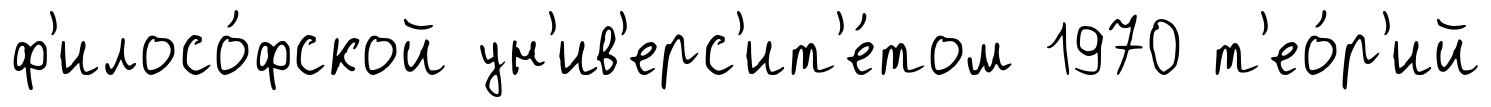
ф'илосо́фской ун'ив'ерс'ит'е́том 1970 т'ео́р'ий